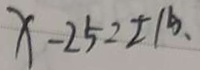
x - 2 5 = \pm 1 5 、